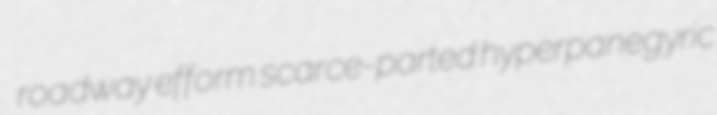
roadway efform scarce-parted hyperpanegyric